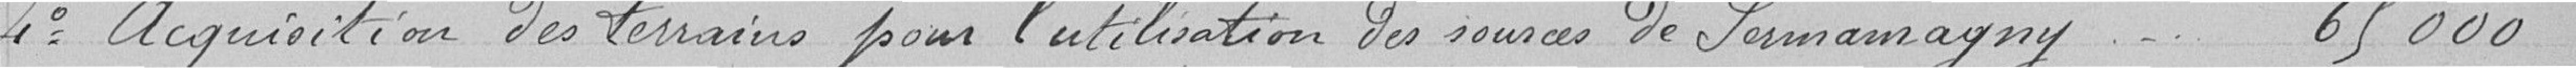
4° Acquisition des terrains pour l'utilisation des sources de Sermamagny - - - - -  65 000